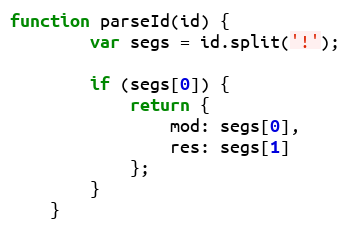
Language: JavaScript
function parseId(id) {
        var segs = id.split('!');

        if (segs[0]) {
            return {
                mod: segs[0],
                res: segs[1]
            };
        }
    }